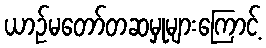
ယာဉ်မတော်တဆမှုများကြောင့်